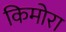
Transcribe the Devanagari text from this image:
किमोरा